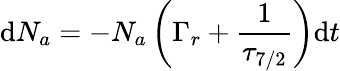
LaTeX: \mathrm{d}N_{a}=-N_{a}\left(\Gamma_{r}+{\frac{1}{\tau_{7/2}}}\right)\mathrm{d}t